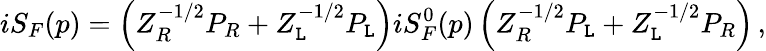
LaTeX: iS_{F}(p)=\left(Z_{R}^{-1/2}P_{R}+Z_{\mathtt{L}}^{-1/2}P_{\mathtt{L}}\right)iS_{F}^{0}(p)\left(Z_{R}^{-1/2}P_{\mathtt{L}}+Z_{\mathtt{L}}^{-1/2}P_{R}\right)\, ,